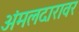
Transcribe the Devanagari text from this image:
अंमलदारावर